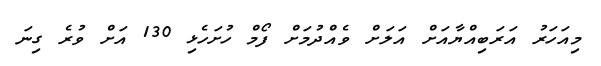
މިއަހަރު އަރަބިއްޔާއަށް އަލަށް ވެއްދުމަށް ފޯމް ހުށަހެޅި 130 އަށް ވުރެ ގިނަ